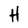
Character: H